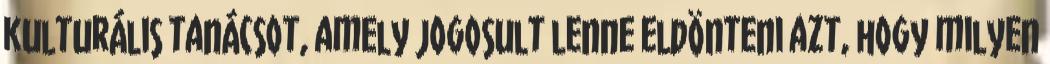
kulturális tanácsot, amely jogosult lenne eldönteni azt, hogy milyen